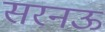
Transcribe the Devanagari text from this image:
सरनऊ